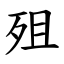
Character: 殂